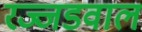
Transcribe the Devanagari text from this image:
रज्जडवाल